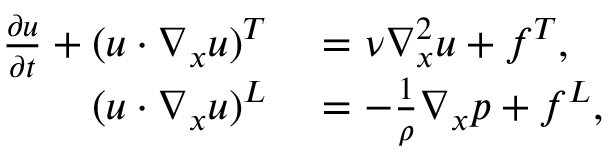
\begin{array} { r l } { \frac { \partial \boldsymbol { u } } { \partial t } + ( \boldsymbol { u } \cdot \nabla _ { \boldsymbol { x } } \boldsymbol { u } ) ^ { T } } & { { } = \nu \nabla _ { \boldsymbol { x } } ^ { 2 } \boldsymbol { u } + \boldsymbol { f } ^ { T } , } \\ { ( \boldsymbol { u } \cdot \nabla _ { \boldsymbol { x } } \boldsymbol { u } ) ^ { L } } & { { } = - \frac { 1 } { \rho } \nabla _ { \boldsymbol { x } } p + \boldsymbol { f } ^ { L } , } \end{array}